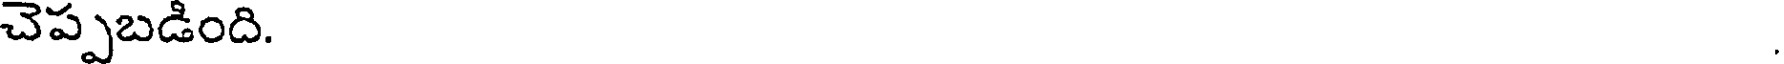
చెప్పబడింది.